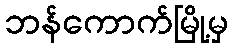
ဘန်ကောက်မြို့မှ